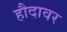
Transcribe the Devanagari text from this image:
हौदावर